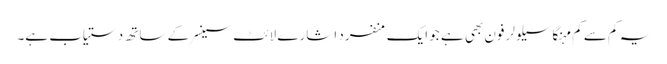
یہ کم سے کم مہنگا سیلولر فون بھی ہے جو ایک منفرد اشارے لائٹ سینسر کے ساتھ دستیاب ہے۔